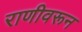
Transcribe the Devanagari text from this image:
राणीवरून